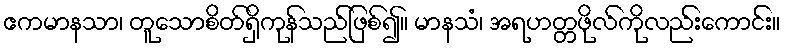
ဧကမာနသာ၊ တူသောစိတ်ရှိကုန်သည်ဖြစ်၍။ မာနသံ၊ အရဟတ္တဖိုလ်ကိုလည်းကောင်း။